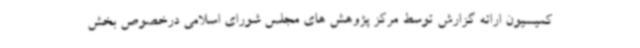
کمیسیون ارائه گزارش توسط مرکز پژوهش های مجلس شورای اسلامی درخصوص بخش